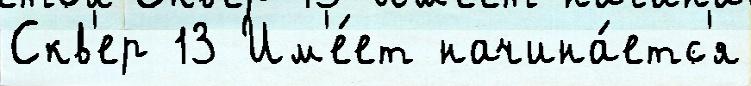
Скв'ер 13 Им'е́ет начина́етс'я